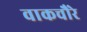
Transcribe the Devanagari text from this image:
वाकचौरे